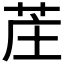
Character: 𫇺